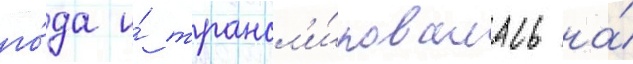
го́да и́ трансл'и́ровалась на́